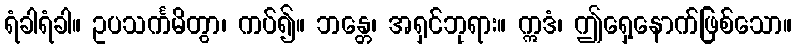
ရံခါရံခါ။ ဥပသင်္ကမိတွာ၊ ကပ်၍။ ဘန္တေ၊ အရှင်ဘုရား။ ဣဒံ၊ ဤရှေ့နောက်ဖြစ်သော။